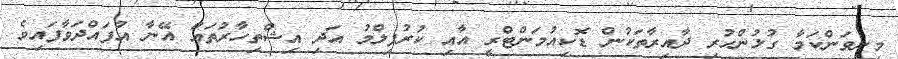
މިނިވަންކަމާ ގުޅުންހުރި ދާއިރާތަކުން ޑޮކިއުމަންޓްރީ އާއި ކުރުފިލްމު އަދި އިޝްތިހާރުތައް އޭނާ އުފައްދަވާފައިވެ